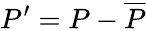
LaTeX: P^{\prime}=P-\overline{{P}}